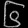
Digit: ၆